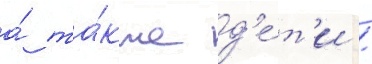
а́ та́кже д'е́т'и /